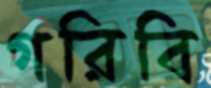
গরিবি